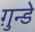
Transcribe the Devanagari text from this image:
ग़ुन्डे